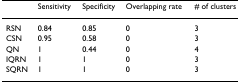
<table><thead><tr><td></td><td><b>Sensitivity</b></td><td><b>Specificity</b></td><td><b>Overlapping rate</b></td><td><b># of clusters</b></td></tr></thead><tbody><tr><td>RSN</td><td>0.84</td><td>0.85</td><td>0</td><td>3</td></tr><tr><td>CSN</td><td>0.95</td><td>0.58</td><td>0</td><td>3</td></tr><tr><td>QN</td><td>1</td><td>0.44</td><td>0</td><td>4</td></tr><tr><td>IQRN</td><td>1</td><td>1</td><td>0</td><td>3</td></tr><tr><td>SQRN</td><td>1</td><td>1</td><td>0</td><td>3</td></tr></tbody></table>